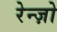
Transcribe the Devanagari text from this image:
रेन्ज़ो